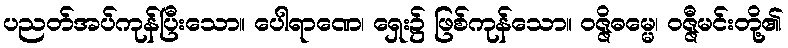
ပညတ်အပ်ကုန်ပြီးသော။ ပေါရာဏေ၊ ရှေး၌ ဖြစ်ကုန်သော။ ဝဇ္ဇိဓမ္မေ၊ ဝဇ္ဇီမင်းတို့၏